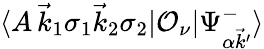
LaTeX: \langle A\, \vec{k}_{1}\sigma_{1}\vec{k}_{2}\sigma_{2}|\mathcal{O}_{\nu}|\Psi_{\alpha\vec{k}^{\prime}}^{-}\rangle